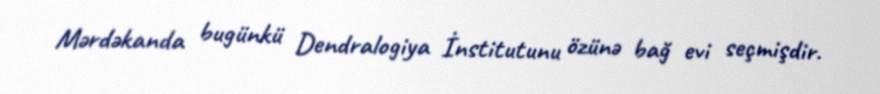
Mərdəkanda bugünkü Dendralogiya İnstitutunu özünə bağ evi seçmişdir.